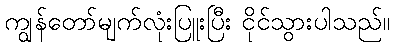
ကျွန်တော်မျက်လုံးပြူးပြီး ငိုင်သွားပါသည်။